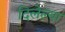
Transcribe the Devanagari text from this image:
दिलेल्‍या